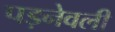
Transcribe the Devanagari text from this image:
पड़नेवली